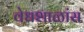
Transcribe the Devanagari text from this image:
वेधशाळांस